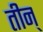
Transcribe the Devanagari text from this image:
तीन्